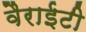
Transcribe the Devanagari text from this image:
वैराईटी